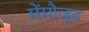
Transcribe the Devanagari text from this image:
मेंमौजूद